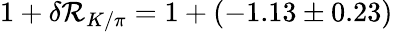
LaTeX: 1+\delta\mathcal{R}_{K/\pi}=1+(-1.13\pm0.23)